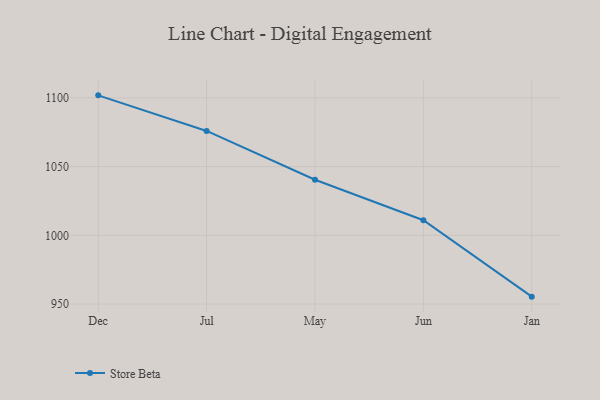
{"axis": {"x": "Month", "y": "Operating Costs (USD K)"}, "legend": ["Store Beta"], "data": [{"x": "Dec", "y": 1101.8, "type": "Store Beta"}, {"x": "Jul", "y": 1075.9, "type": "Store Beta"}, {"x": "May", "y": 1040.4, "type": "Store Beta"}, {"x": "Jun", "y": 1011.0, "type": "Store Beta"}, {"x": "Jan", "y": 955.4, "type": "Store Beta"}]}